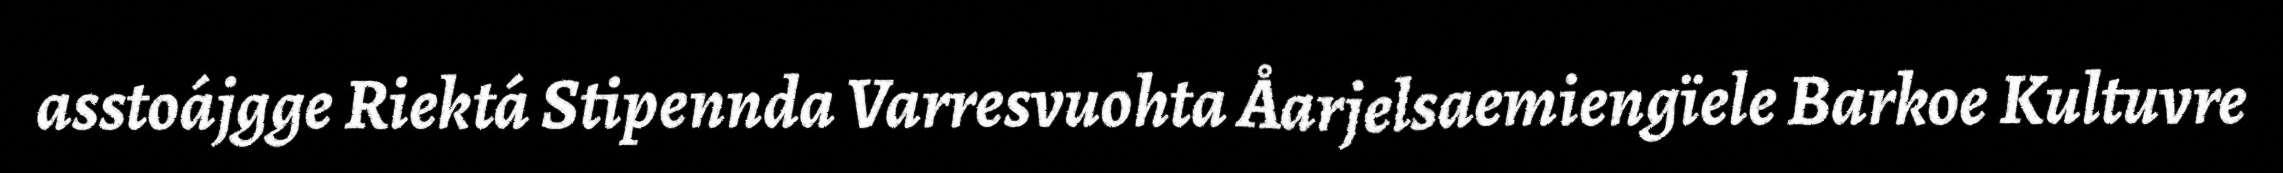
asstoájgge Riektá Stipennda Varresvuohta Åarjelsaemiengïele Barkoe Kultuvre